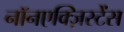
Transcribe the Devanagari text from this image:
नॉनएक्ज़िस्टेंस